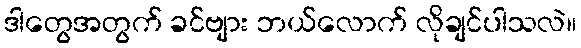
ဒါတွေအတွက် ခင်ဗျား ဘယ်လောက် လိုချင်ပါသလဲ။